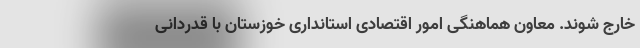
خارج شوند. معاون هماهنگی امور اقتصادی استانداری خوزستان با قدردانی